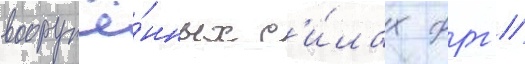
вооружё́нных с'и́лах фрг //